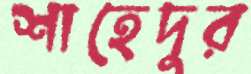
শাহেদুর